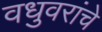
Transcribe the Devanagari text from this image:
वधुवरांचे